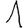
Digit: 1